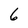
Character: 6